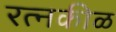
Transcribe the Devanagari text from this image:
रत्नकीळ